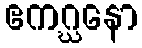
ဧကဂ္ဃနော